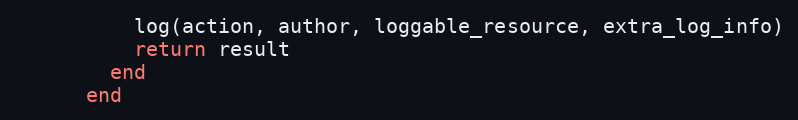
Language: Ruby
          log(action, author, loggable_resource, extra_log_info)
          return result
        end
      end